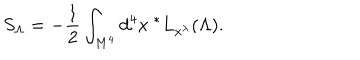
S _ { \Lambda } = - { \frac { 1 } { 2 } } \int _ { M ^ { 4 } } d ^ { 4 } x \ ^ { * } L _ { x ^ { \lambda } } ( \Lambda ) .